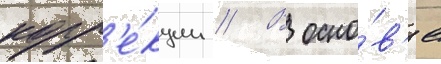
корр'е́кции // В осно́в'е